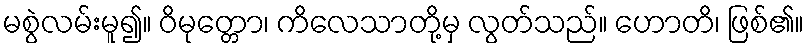
မစွဲလမ်းမူ၍။ ဝိမုတ္တော၊ ကိလေသာတို့မှ လွတ်သည်။ ဟောတိ၊ ဖြစ်၏။